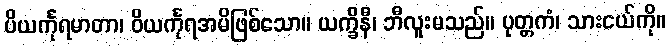
ပိယင်္ကုရမာတာ၊ ဝိယင်္ကုရအမိဖြစ်သော။ ယက္ခိနီ၊ ဘီလူးမသည်။ ပုတ္တကံ၊ သားငယ်ကို။